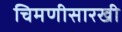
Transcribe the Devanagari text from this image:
चिमणीसारखी